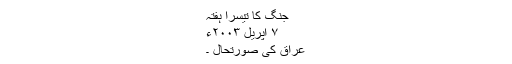
جنگ کا تیسرا ہفتہ
۷ اپریل ۲۰۰۳ء
عراق کی صورتحال ۔